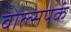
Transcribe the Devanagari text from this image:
वोल्सपर्क